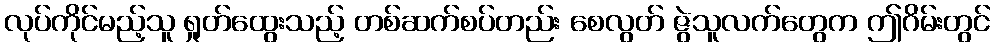
လုပ်ကိုင်မည့်သူ ရှုတ်ထွေးသည့် တစ်ဆက်စပ်တည်း စေလွတ် ဇွဲသူလက်တွေက ဤဂိမ်းတွင်